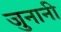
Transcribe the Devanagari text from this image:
जुनानी